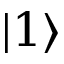
| 1 \rangle